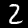
Digit: 2